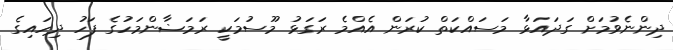
ދިންނެވުމަށް ގަދައަޅާ މަސައްކަތް ކުރަން އެއްމެ ރަގަޅު މޫސުމަކީ ރަމަޟާންމަހުގެ ފަހު ދިހައިގެ